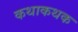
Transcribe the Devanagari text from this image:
कथाकथक